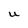
Character: U